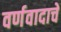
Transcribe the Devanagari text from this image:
वर्णवादाचे